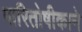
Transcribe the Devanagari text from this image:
पारितोषीकाने